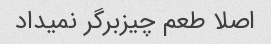
اصلا طعم چیزبرگر نمیداد